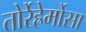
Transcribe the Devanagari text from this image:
तोर्रेह्रेर्मोसा